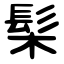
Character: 䯱